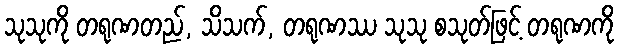
သုသုကို တရုဏတည်, သိသက်, တရုဏဿ သုသု စသုတ်ဖြင့် တရုဏကို